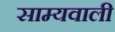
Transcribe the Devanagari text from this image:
साम्यवाली